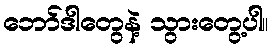
ဘော်ဒါတွေနဲ့ သွားတွေ့ပါ။